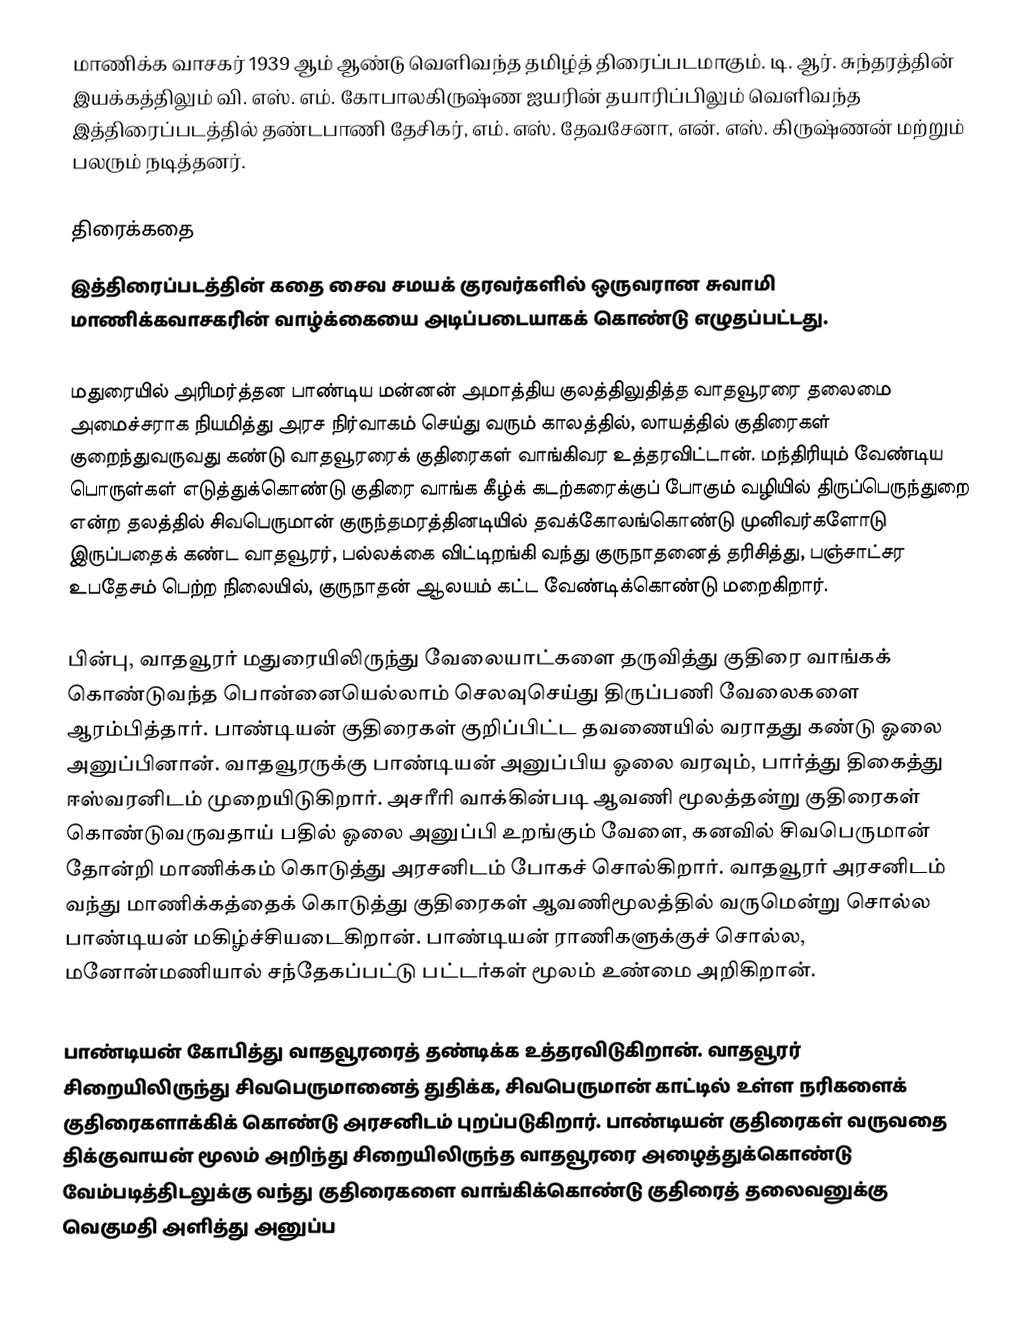
மாணிக்க வாசகர் 1939 ஆம் ஆண்டு வெளிவந்த தமிழ்த் திரைப்படமாகும். டி. ஆர். சுந்தரத்தின் இயக்கத்திலும் வி. எஸ். எம். கோபாலகிருஷ்ண ஐயரின் தயாரிப்பிலும் வெளிவந்த இத்திரைப்படத்தில் தண்டபாணி தேசிகர், எம். எஸ். தேவசேனா, என். எஸ். கிருஷ்ணன் மற்றும் பலரும் நடித்தனர்.

திரைக்கதை
இத்திரைப்படத்தின் கதை சைவ சமயக் குரவர்களில் ஒருவரான சுவாமி மாணிக்கவாசகரின் வாழ்க்கையை அடிப்படையாகக் கொண்டு எழுதப்பட்டது.

மதுரையில் அரிமர்த்தன பாண்டிய மன்னன் அமாத்திய குலத்திலுதித்த வாதவூரரை தலைமை அமைச்சராக நியமித்து அரச நிர்வாகம் செய்து வரும் காலத்தில், லாயத்தில் குதிரைகள் குறைந்துவருவது கண்டு வாதவூரரைக் குதிரைகள் வாங்கிவர உத்தரவிட்டான். மந்திரியும் வேண்டிய பொருள்கள் எடுத்துக்கொண்டு குதிரை வாங்க கீழ்க் கடற்கரைக்குப் போகும் வழியில் திருப்பெருந்துறை என்ற தலத்தில் சிவபெருமான் குருந்தமரத்தினடியில் தவக்கோலங்கொண்டு முனிவர்களோடு இருப்பதைக் கண்ட வாதவூரர், பல்லக்கை விட்டிறங்கி வந்து குருநாதனைத் தரிசித்து, பஞ்சாட்சர உபதேசம் பெற்ற நிலையில், குருநாதன் ஆலயம் கட்ட வேண்டிக்கொண்டு மறைகிறார்.

பின்பு, வாதவூரர் மதுரையிலிருந்து வேலையாட்களை தருவித்து குதிரை வாங்கக் கொண்டுவந்த பொன்னையெல்லாம் செலவுசெய்து திருப்பணி வேலைகளை ஆரம்பித்தார். பாண்டியன் குதிரைகள் குறிப்பிட்ட தவணையில் வராதது கண்டு ஓலை அனுப்பினான். வாதவூரருக்கு பாண்டியன் அனுப்பிய ஓலை வரவும், பார்த்து திகைத்து ஈஸ்வரனிடம் முறையிடுகிறார். அசரீரி வாக்கின்படி ஆவணி மூலத்தன்று குதிரைகள் கொண்டுவருவதாய் பதில் ஓலை அனுப்பி உறங்கும் வேளை, கனவில் சிவபெருமான் தோன்றி மாணிக்கம் கொடுத்து அரசனிடம் போகச் சொல்கிறார். வாதவூரர் அரசனிடம் வந்து மாணிக்கத்தைக் கொடுத்து குதிரைகள் ஆவணிமூலத்தில் வருமென்று சொல்ல பாண்டியன் மகிழ்ச்சியடைகிறான். பாண்டியன் ராணிகளுக்குச் சொல்ல, மனோன்மணியால் சந்தேகப்பட்டு பட்டர்கள் மூலம் உண்மை அறிகிறான்.

பாண்டியன் கோபித்து வாதவூரரைத் தண்டிக்க உத்தரவிடுகிறான். வாதவூரர் சிறையிலிருந்து சிவபெருமானைத் துதிக்க, சிவபெருமான் காட்டில் உள்ள நரிகளைக் குதிரைகளாக்கிக் கொண்டு அரசனிடம் புறப்படுகிறார். பாண்டியன் குதிரைகள் வருவதை திக்குவாயன் மூலம் அறிந்து சிறையிலிருந்த வாதவூரரை அழைத்துக்கொண்டு வேம்படித்திடலுக்கு வந்து குதிரைகளை வாங்கிக்கொண்டு குதிரைத் தலைவனுக்கு வெகுமதி அளித்து அனுப்ப